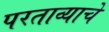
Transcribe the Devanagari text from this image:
परताव्याचे